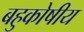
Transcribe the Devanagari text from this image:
बहुकोषीय